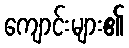
ကျောင်းများ၏